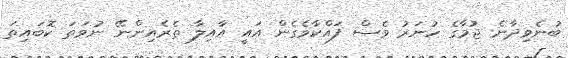
ބުނެވިދާނެ ޖުމާގެ ހުނަރު ވެސް ފައްކާވެގެން އައީ އާއިލާ ތެރެއިންނޭ ނުވަތަ ކޮބައިތަ